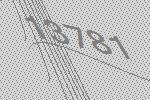
13781